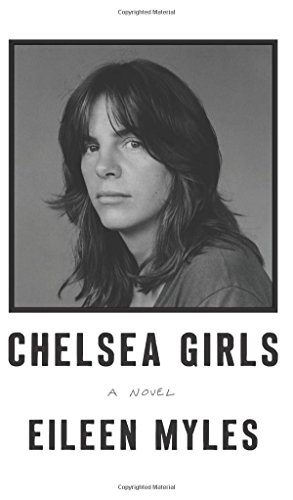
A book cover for Chelsea Girls: A Novel; Eileen Myles; Literature & Fiction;